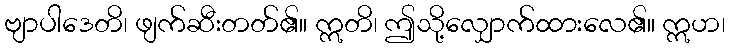
ဗျာပါဒေတိ၊ ဖျက်ဆီးတတ်၏။ ဣတိ၊ ဤသို့လျှောက်ထားလေ၏။ ဣဟ၊